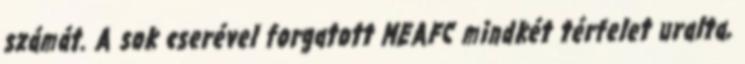
számát. A sok cserével forgatott MEAFC mindkét térfelet uralta,